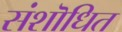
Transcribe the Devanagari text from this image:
संशॊधित